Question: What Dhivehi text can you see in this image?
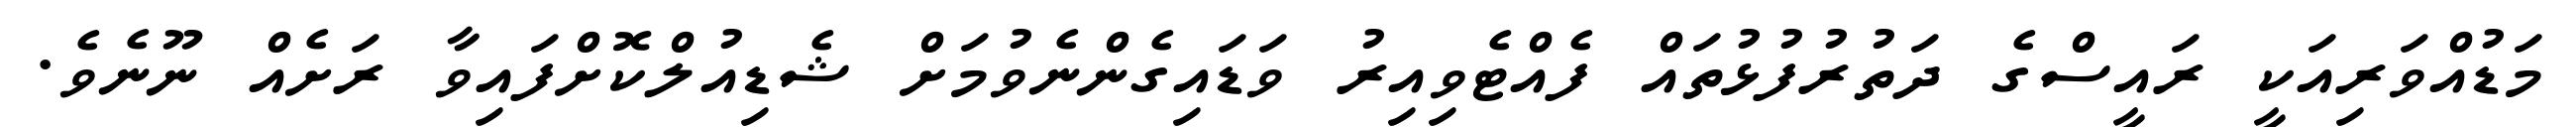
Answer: މަޑުއްވަރިއަކީ ރައީސްގެ ދަތުރުފުޅުތައް ފެއްޓެވިއިރު ވަޑައިގެންނެވުމަށް ޝެޑިއުލްކޮށްފައިވާ ރަށެއް ނޫނެވެ.